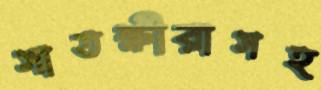
সাতক্ষীরাসহ